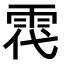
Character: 𩂠